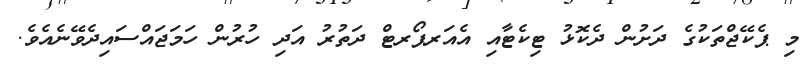
މި ޕެކޭޖްތަކުގެ ދަށުން ދެކޮޅު ޓިކެޓާއި އެއަރޕޯރޓް ދަތުރު އަދި ހުރުން ހަމަޖައްސައިދެވޭނެއެވެ.